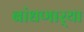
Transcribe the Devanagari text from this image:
बांधणार्‍या